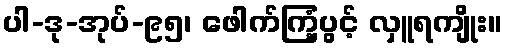
ပါ-ဒု-အုပ်-၉၅၊ ဖေါက်ကြံ့ပွင့် လှူရကျိုး။